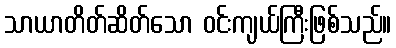
သာယာတိတ်ဆိတ်သော ဝင်းကျယ်ကြီးဖြစ်သည်။